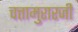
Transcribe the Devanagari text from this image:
चत्तामुरारजी